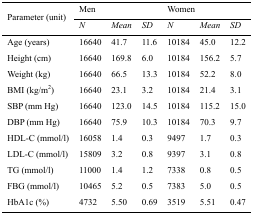
<table><thead><tr><td rowspan="3"><b>Parameter (unit)</b></td><td colspan="3"><b>Men</b></td><td colspan="3"><b>Women</b></td></tr><tr><td><b><i>N</i></b></td><td><b><i>Mean</i></b></td><td><b><i>SD</i></b></td><td><b><i>N</i></b></td><td><b><i>Mean</i></b></td><td><b><i>SD</i></b></td></tr></thead><tbody><tr><td>Age (years)</td><td>16640</td><td>41.7</td><td>11.6</td><td>10184</td><td>45.0</td><td>12.2</td></tr><tr><td>Height (cm)</td><td>16640</td><td>169.8</td><td>6.0</td><td>10184</td><td>156.2</td><td>5.7</td></tr><tr><td>Weight (kg)</td><td>16640</td><td>66.5</td><td>13.3</td><td>10184</td><td>52.2</td><td>8.0</td></tr><tr><td>BMI (kg/m<sup>2</sup>)</td><td>16640</td><td>23.1</td><td>3.2</td><td>10184</td><td>21.4</td><td>3.1</td></tr><tr><td>SBP (mm Hg)</td><td>16640</td><td>123.0</td><td>14.5</td><td>10184</td><td>115.2</td><td>15.0</td></tr><tr><td>DBP (mm Hg)</td><td>16640</td><td>75.9</td><td>10.3</td><td>10184</td><td>70.3</td><td>9.7</td></tr><tr><td>HDL-C (mmol/l)</td><td>16058</td><td>1.4</td><td>0.3</td><td>9497</td><td>1.7</td><td>0.3</td></tr><tr><td>LDL-C (mmol/l)</td><td>15809</td><td>3.2</td><td>0.8</td><td>9397</td><td>3.1</td><td>0.8</td></tr><tr><td>TG (mmol/l)</td><td>11000</td><td>1.4</td><td>1.2</td><td>7338</td><td>0.8</td><td>0.5</td></tr><tr><td>FBG (mmol/l)</td><td>10465</td><td>5.2</td><td>0.5</td><td>7383</td><td>5.0</td><td>0.5</td></tr><tr><td>HbA1c (%)</td><td>4732</td><td>5.50</td><td>0.69</td><td>3519</td><td>5.51</td><td>0.47</td></tr></tbody></table>